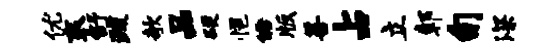
优衮舒疏欹品硬悒皓版善占立鄣旬深